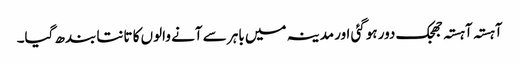
آہستہ آہستہ جھجک دور ہوگئی اور مدینہ میں باہر سے آنے والوں کا تانتا بندھ گیا۔